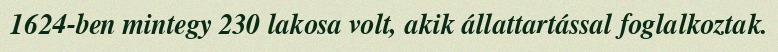
1624-ben mintegy 230 lakosa volt, akik állattartással foglalkoztak.